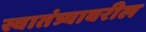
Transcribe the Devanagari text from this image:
स्वातंत्र्यावरील